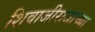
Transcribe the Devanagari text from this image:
शिवाजीराजाच्या